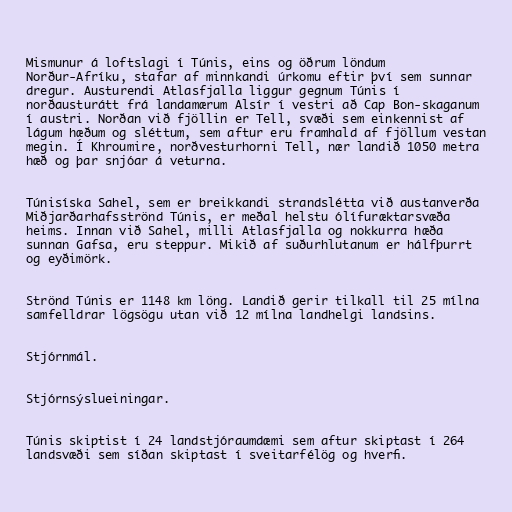
Mismunur á loftslagi í Túnis, eins og öðrum löndum
Norður-Afríku, stafar af minnkandi úrkomu eftir því sem sunnar
dregur. Austurendi Atlasfjalla liggur gegnum Túnis í
norðausturátt frá landamærum Alsír í vestri að Cap Bon-skaganum
í austri. Norðan við fjöllin er Tell, svæði sem einkennist af
lágum hæðum og sléttum, sem aftur eru framhald af fjöllum vestan
megin. Í Khroumire, norðvesturhorni Tell, nær landið 1050 metra
hæð og þar snjóar á veturna.

Túnisíska Sahel, sem er breikkandi strandslétta við austanverða
Miðjarðarhafsströnd Túnis, er meðal helstu ólífuræktarsvæða
heims. Innan við Sahel, milli Atlasfjalla og nokkurra hæða
sunnan Gafsa, eru steppur. Mikið af suðurhlutanum er hálfþurrt
og eyðimörk.

Strönd Túnis er 1148 km löng. Landið gerir tilkall til 25 mílna
samfelldrar lögsögu utan við 12 mílna landhelgi landsins.

Stjórnmál.

Stjórnsýslueiningar.

Túnis skiptist í 24 landstjóraumdæmi sem aftur skiptast í 264
landsvæði sem síðan skiptast í sveitarfélög og hverfi.